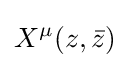
X^{\mu }(z,{\bar {z}})